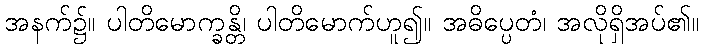
အနက်၌။ ပါတိမောက္ခန္တိ၊ ပါတိမောက်ဟူ၍။ အဓိပ္ပေတံ၊ အလိုရှိအပ်၏။